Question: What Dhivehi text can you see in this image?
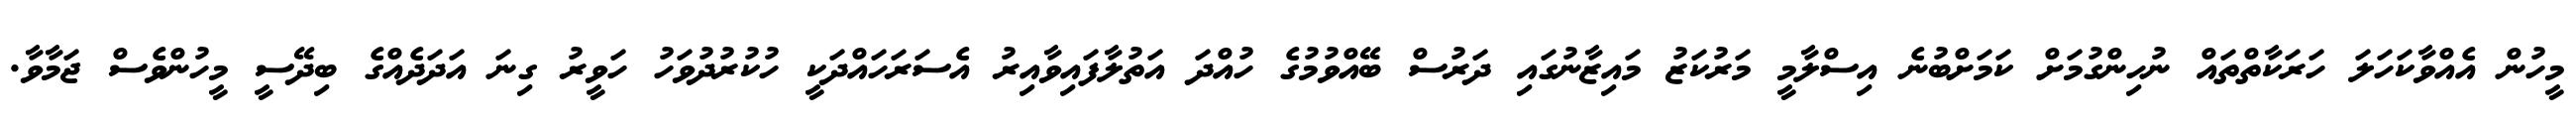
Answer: މީހުން އެއްވާކަހަލަ ހަރަކާތްތައް ނުހިންގުމަށް ކަމަށްބުނެ އިސްލާމީ މަރުކަޒު މައިޒާނުގައި ދަރުސް ބޭއްވުމުގެ ހުއްދަ އަތުލާފައިވާއިރު އެސަރަހައްދަކީ ހުކުރުދުވަހު ހަވީރު ގިނަ އަދަދެއްގެ ބިދޭސީ މީހުންވެސް ޖަމާވާ.